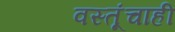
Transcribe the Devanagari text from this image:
वस्तूंचाही